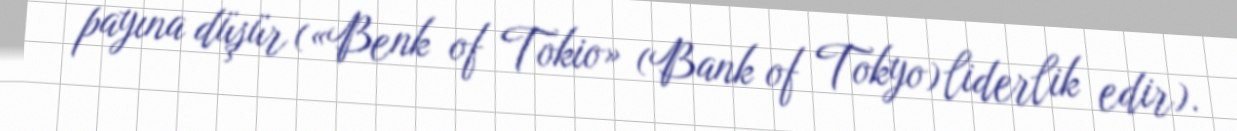
payına düşür («Benk of Tokio» (Bank of Tokyo) liderlik edir).